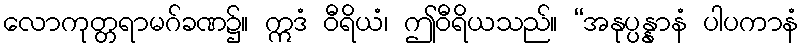
လောကုတ္တရာမဂ်ခဏ၌။ ဣဒံ ဝီရိယံ၊ ဤဝီရိယသည်။ “အနုပ္ပန္နာနံ ပါပကာနံ